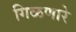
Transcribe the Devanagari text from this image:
गिळणारे